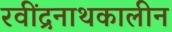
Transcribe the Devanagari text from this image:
रवींद्रनाथकालीन